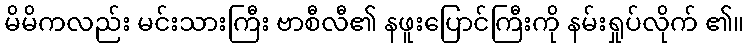
မိမိကလည်း မင်းသားကြီး ဗာစီလီ၏ နဖူးပြောင်ကြီးကို နမ်းရှုပ်လိုက် ၏။